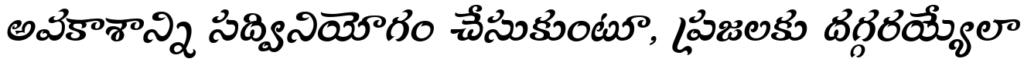
అవకాశాన్ని సద్వినియోగం చేసుకుంటూ, ప్రజలకు దగ్గరయ్యేలా